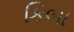
કિબા